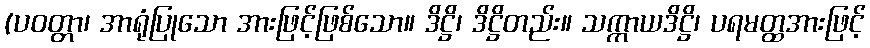
(ပဝတ္တာ၊ အာရုံပြုသော အားဖြင့်ဖြစ်သော။ ဒိဋ္ဌိ၊ ဒိဋ္ဌိတည်း။ သက္ကာယဒိဋ္ဌိ၊ ပရမတ္ထအားဖြင့်